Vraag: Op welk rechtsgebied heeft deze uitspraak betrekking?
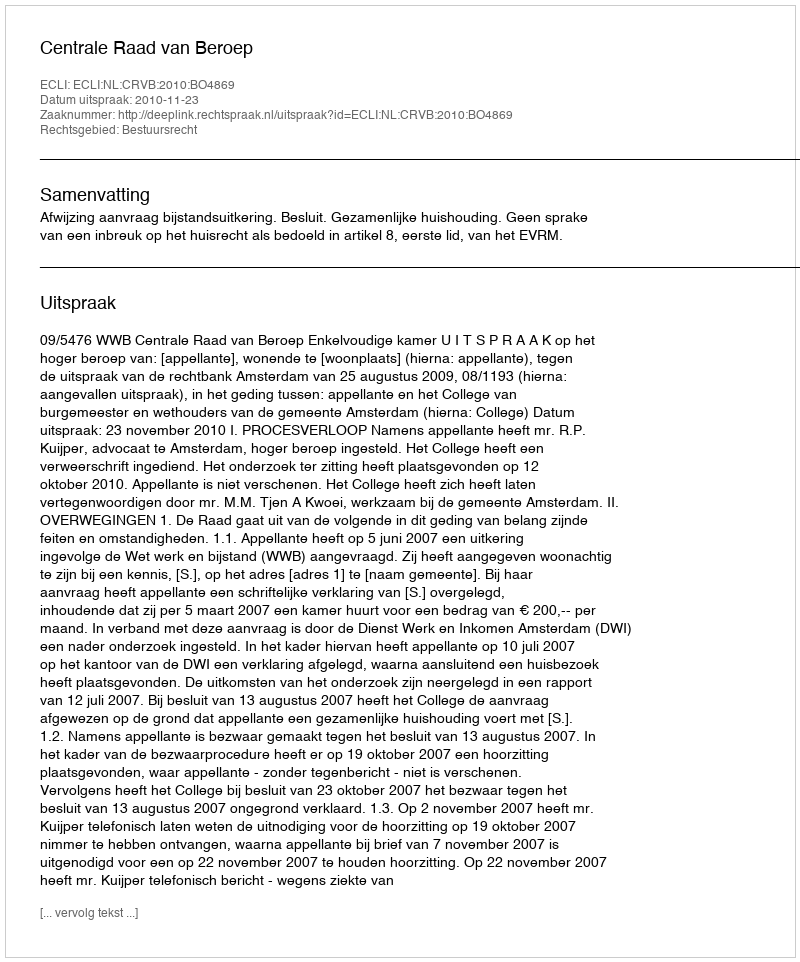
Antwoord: Bestuursrecht